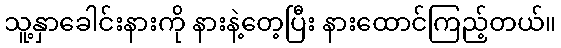
သူ့နှာခေါင်းနားကို နားနဲ့တေ့ပြီး နားထောင်ကြည့်တယ်။